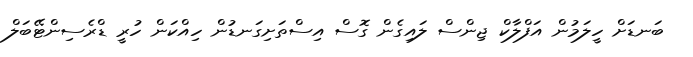
ބަނޑަށް ހީލަމުން އަފްލާކް ޖިންސް ލައިގެން ގޮސް އިސްތަށިގަނޑުން ހިއްކަން ހުރީ ޑްރެސިންޓޭބަލް